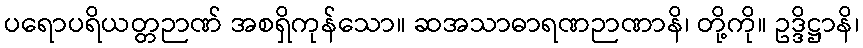
ပရောပရိယတ္တဉာဏ် အစရှိကုန်သော။ ဆအသာဓာရဏဉာဏာနိ၊ တို့ကို။ ဥဒ္ဒိဋ္ဌာနိ၊